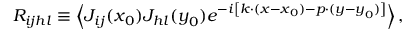
R _ { i j h l } \equiv \left\langle J _ { i j } ( \boldsymbol { x } _ { 0 } ) J _ { h l } ( \boldsymbol { y } _ { 0 } ) e ^ { - i \left[ \boldsymbol { k } \cdot ( \boldsymbol { x } - \boldsymbol { x } _ { 0 } ) - \boldsymbol { p } \cdot ( \boldsymbol { y } - \boldsymbol { y } _ { 0 } ) \right] } \right\rangle ,